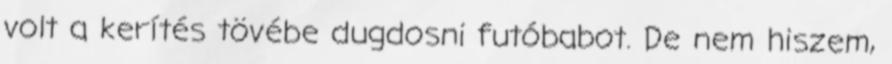
volt a kerítés tövébe dugdosni futóbabot. De nem hiszem,